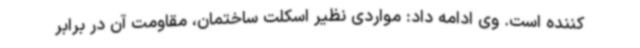
کننده است. وی ادامه داد: مواردی نظیر اسکلت ساختمان، مقاومت آن در برابر